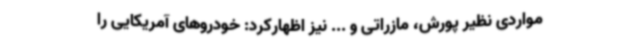
مواردی نظیر پورش، مازراتی و ... نیز اظهارکرد: خودروهای آمریکایی را